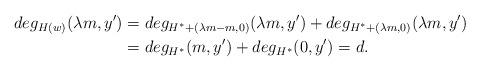
LaTeX: \begin{align*} deg_{H(w)}(\lambda m, y') & = deg_{H^*+(\lambda m-m,0)}(\lambda m, y') + deg_{H^*+(\lambda m,0)}(\lambda m, y') \\ & = deg_{H^*}(m, y') + deg_{H^*}(0, y') = d.\end{align*}